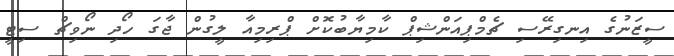
ސީޒަނުގެ އިނގިރޭސި ޗެމްޕިއަންޝިޕް ކާމިޔާބުކޮށް ޕްރިމިއާ ލީގުން ޖާގަ ހޯދި ނޯވިޗް ސިޓީ